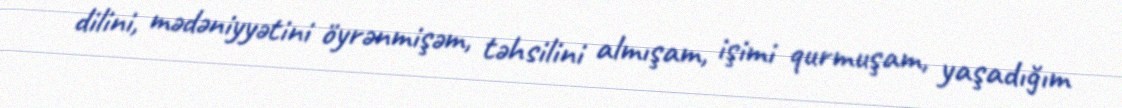
dilini, mədəniyyətini öyrənmişəm, təhsilini almışam, işimi qurmuşam, yaşadığım